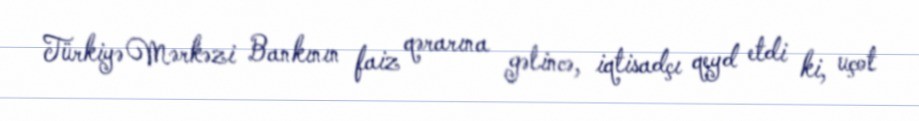
Türkiyə Mərkəzi Bankının faiz qərarına gəlincə, iqtisadçı qeyd etdi ki, uçot